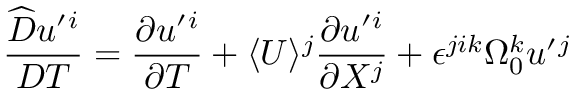
\frac { \widehat { D } u ^ { \prime } { } ^ { i } } { D T } = \frac { \partial u ^ { \prime } { } ^ { i } } { \partial T } + \langle U \rangle ^ { j } \frac { \partial u ^ { \prime } { } ^ { i } } { \partial X ^ { j } } + \epsilon ^ { j i k } \Omega _ { 0 } ^ { k } u ^ { \prime } { } ^ { j }